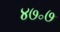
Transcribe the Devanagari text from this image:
४७॰७